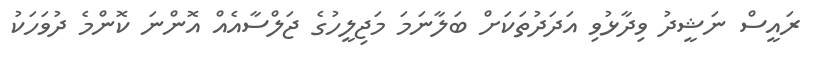
ރައީސް ނަޝީދު ވިދާޅުވި އަދަދުތަކަށް ބަލާނަމަ މަޖިލީހުގެ ޖަލްސާއެއް އޮންނަ ކޮންމެ ދުވަހަކު